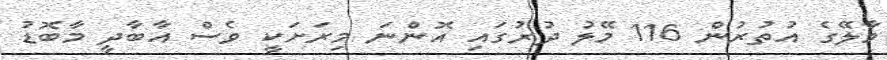
މާލޭގެ އުތުރުން 116 މޭލު ދުރުގައި އޮންނަ މިރަށަކީ ވެސް އާބާދީ މާބޮޑު